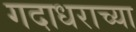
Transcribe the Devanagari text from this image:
गदाधराच्या